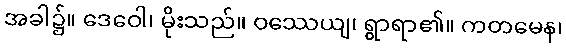
အခါ၌။ ဒေဝေါ၊ မိုးသည်။ ဝဿေယျ၊ ရွာရာ၏။ ကတမေန၊